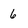
Character: 6